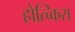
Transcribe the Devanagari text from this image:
होत्च्किस